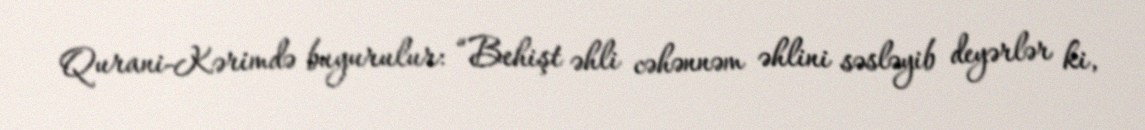
Qurani-Kərimdə buyurulur: “Behişt əhli cəhənnəm əhlini səsləyib deyərlər ki,